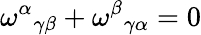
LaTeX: \omega^{\alpha}{}_{\gamma\beta}+\omega^{\beta}{}_{\gamma\alpha}=0